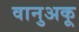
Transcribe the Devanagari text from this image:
वानुअकू